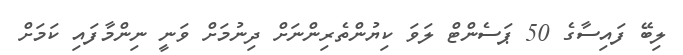
ލިބޭ ފައިސާގެ 50 ޕަސެންޓް ލަވަ ކިޔުންތެރިންނަށް ދިނުމަށް ވަނީ ނިންމާފައި ކަމަށް